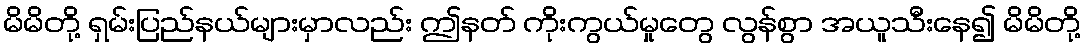
မိမိတို့ ရှမ်းပြည်နယ်များမှာလည်း ဤနတ် ကိုးကွယ်မှုတွေ လွန်စွာ အယူသီးနေ၍ မိမိတို့